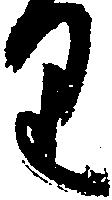
り